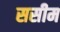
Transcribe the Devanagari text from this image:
ससीम